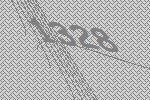
1328